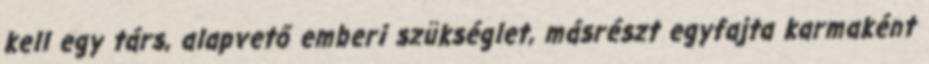
kell egy társ, alapvető emberi szükséglet, másrészt egyfajta karmaként